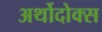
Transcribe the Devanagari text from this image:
अर्थोदोक्स